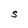
Character: S